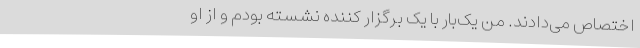
اختصاص می‌دادند. من یک‌بار با یک برگزار کننده نشسته بودم و از او